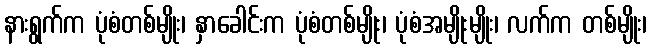
နားရွက်က ပုံစံတစ်မျိုး၊ နှာခေါင်းက ပုံစံတစ်မျိုး၊ ပုံစံအမျိုးမျိုး၊ လက်က တစ်မျိုး၊